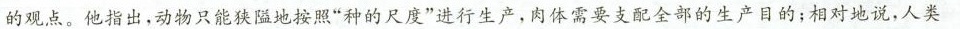
的观点，他指出，动物只能狭隘地按照”种的尺度”进行生产，肉体需要支配全部的生产日的；相对地说，人类